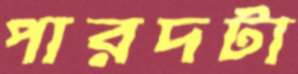
পারদটা